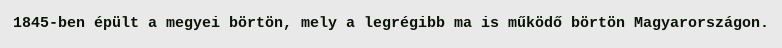
1845-ben épült a megyei börtön, mely a legrégibb ma is működő börtön Magyarországon.